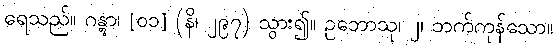
ရေသည်။ ဂန္တွာ၊ [၀၁] (နိ၊ ၂၉၇) သွား၍။ ဥဘောသု၊ ၂၊ ဘက်ကုန်သော။